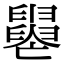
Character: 𦦦